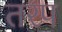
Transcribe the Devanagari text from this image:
तरप